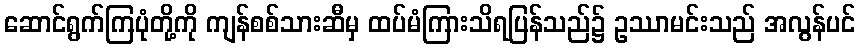
ဆောင်ရွက်ကြပုံတို့ကို ကျန်စစ်သားဆီမှ ထပ်မံကြားသိရပြန်သည်၌ ဥဿာမင်းသည် အလွန်ပင်